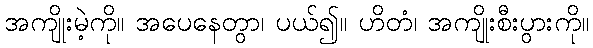
အကျိုးမဲ့ကို။ အပေနေတွာ၊ ပယ်၍။ ဟိတံ၊ အကျိုးစီးပွားကို။